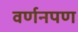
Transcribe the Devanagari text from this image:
वर्णनपण